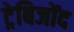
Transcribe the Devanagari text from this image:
ट्रेबिजोंद